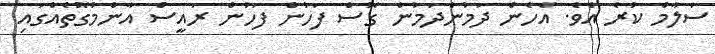
ސަލާމް ކުރެ އެވެ. އެހެން ދަމުންދަމުން ގޮސް ފަހުން ފަހުން ރައީސް އާންމުގޮތެއްގައި